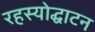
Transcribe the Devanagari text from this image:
रहस्‍योद्घाटन